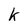
Character: k